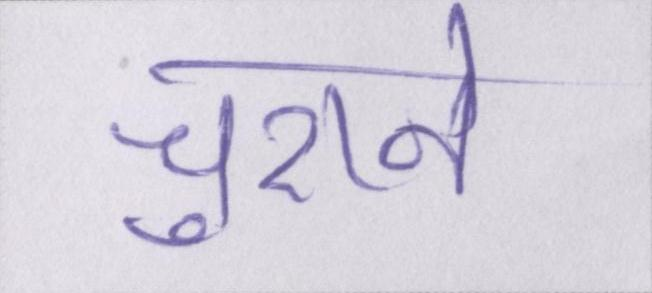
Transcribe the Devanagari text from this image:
चुराने